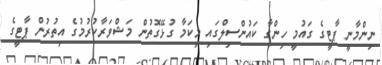
ނިންމާނީ ޕާޓީގެ ގައުމީ ހިންގާ ކައުންސިލްގައި މިކަމާ ގުޅޭގޮތުން މަޝްވަރާކުރުމުގެ އިތުރުން ޕާޓީގެ